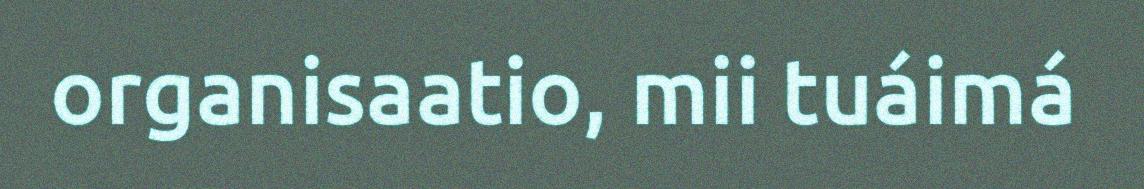
organisaatio, mii tuáimá